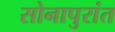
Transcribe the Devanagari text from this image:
सोनापुरांत